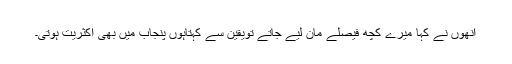
انھوں نے کہا میرے کچھ فیصلے مان لیے جاتے تویقین سے کہتاہوں پنجاب میں بھی اکثریت ہوتی۔